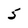
Character: 5